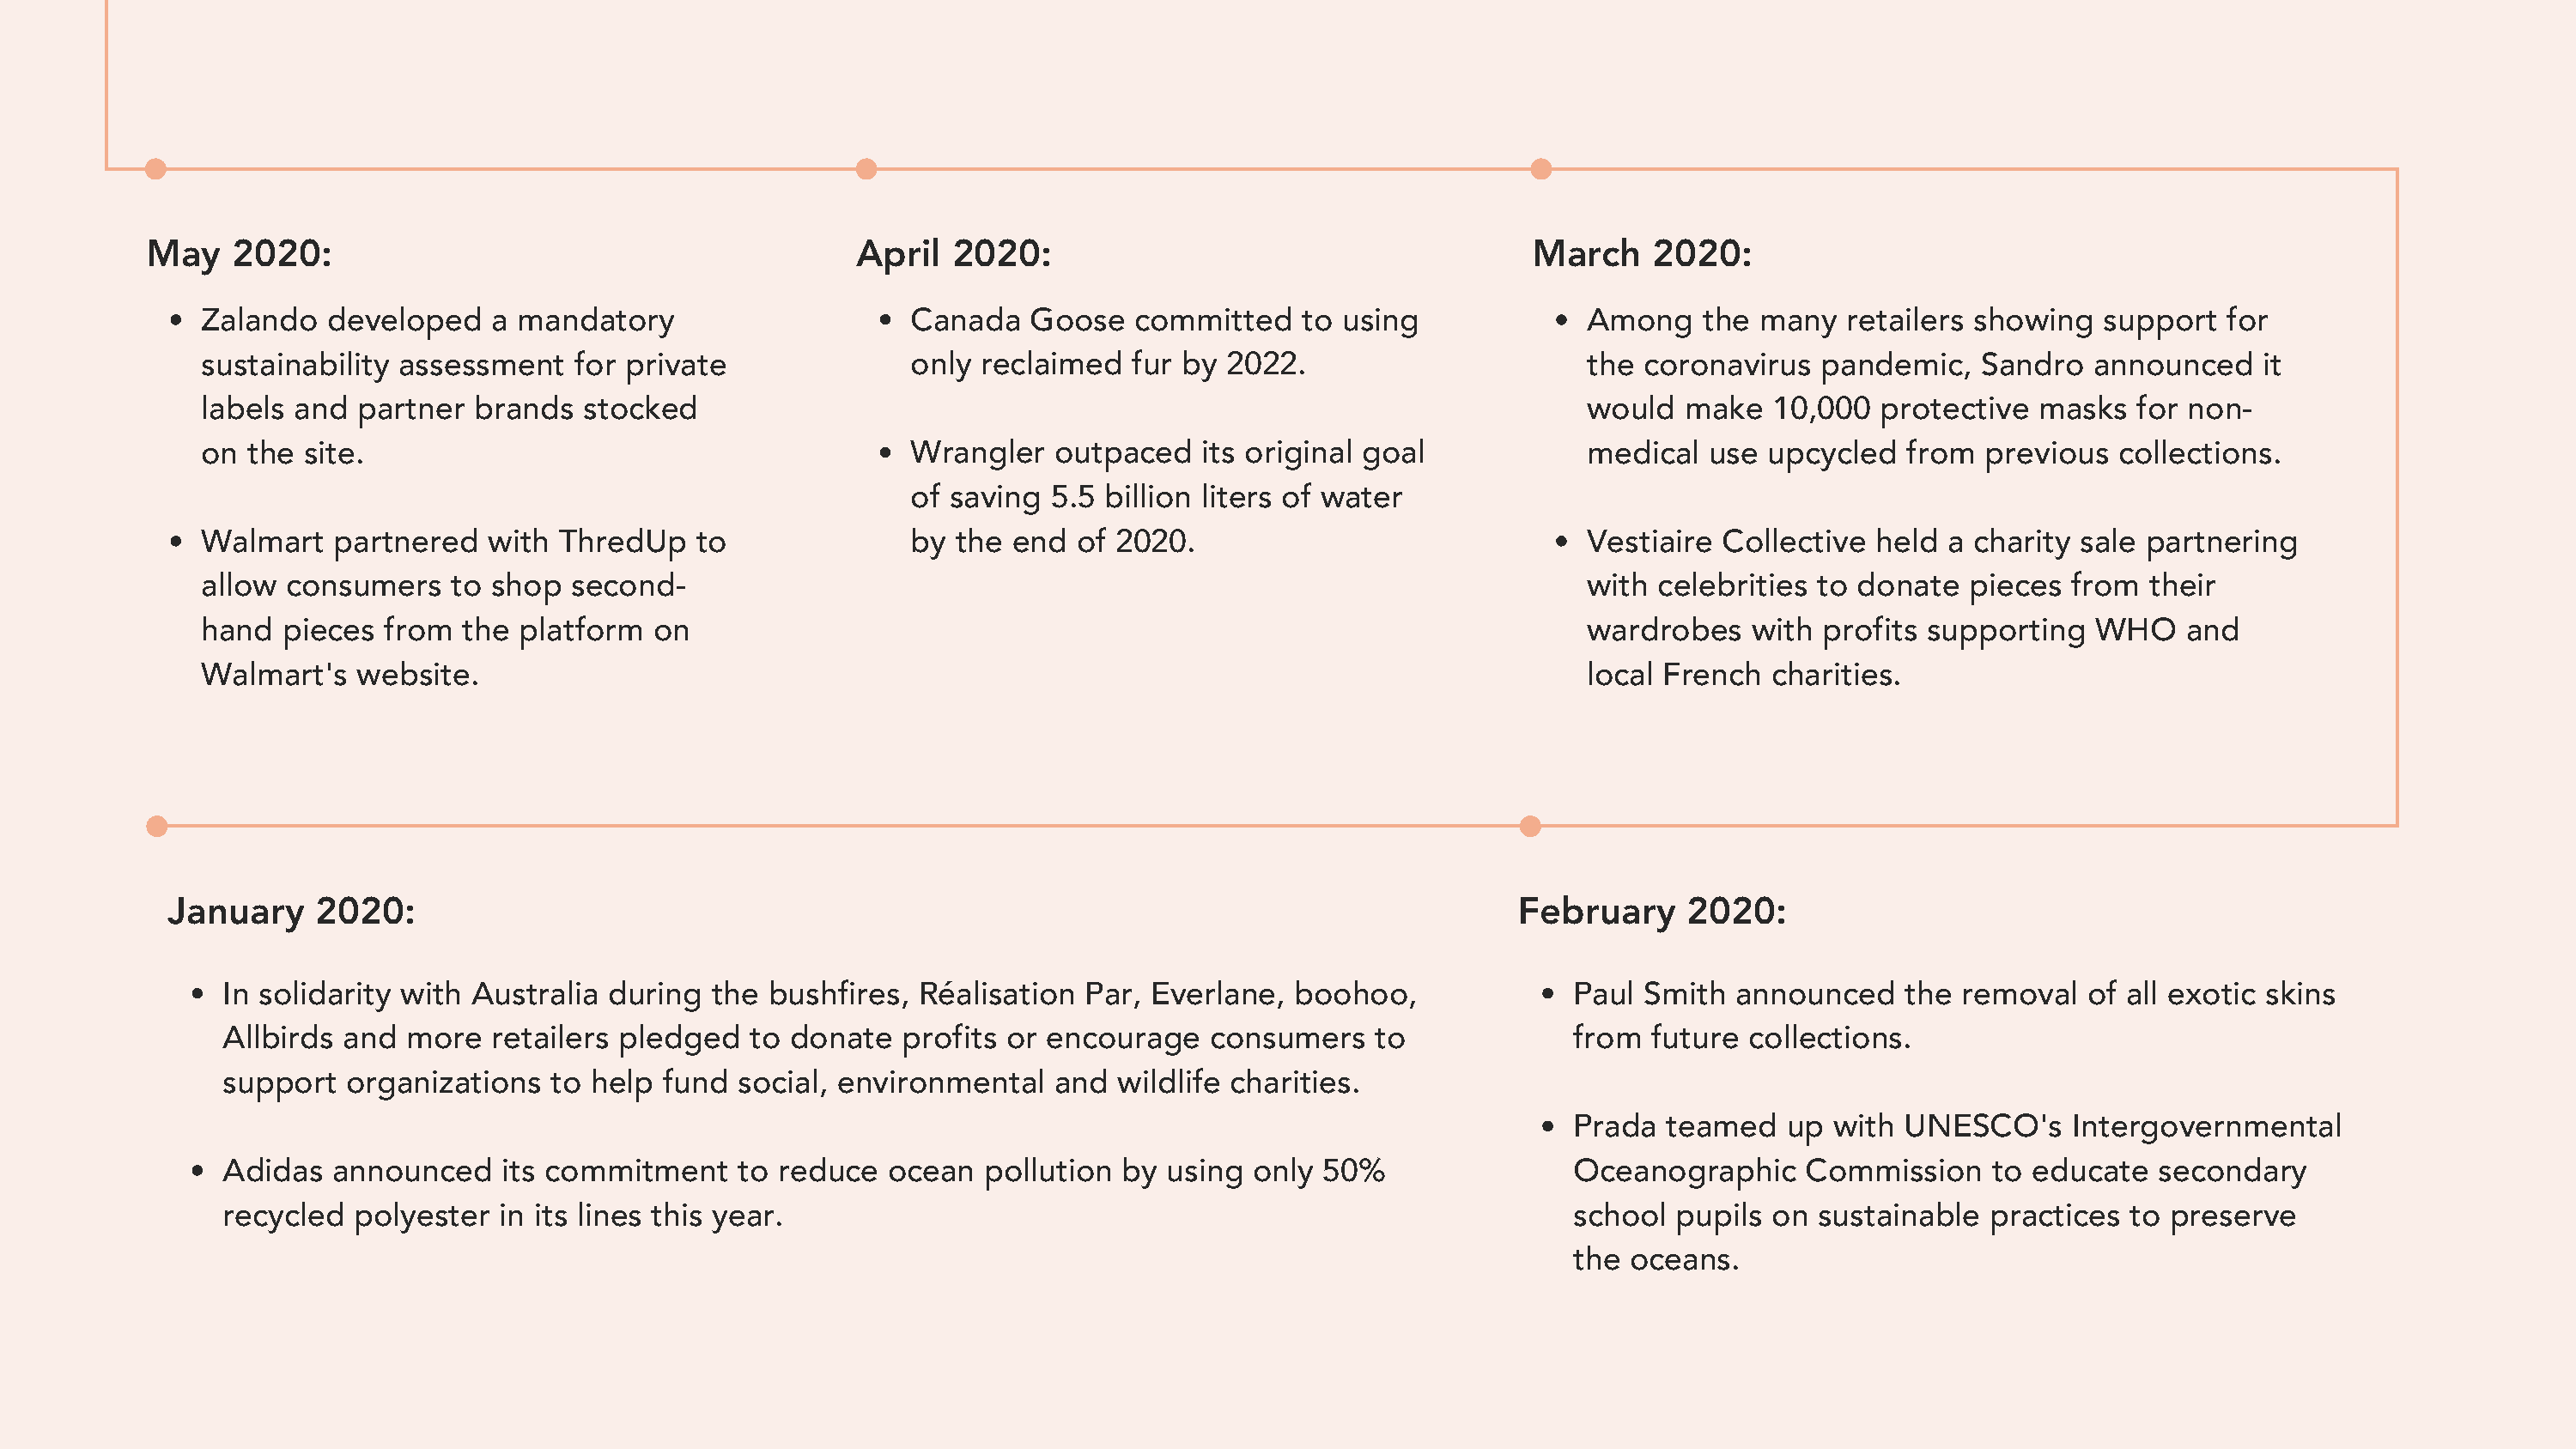
May    2020:                                           April  2020:                                        March    2020:
 Zalando  developed    a mandatory                     Canada   Goose   committed    to using              Among    the  many  retailers showing   support   for
 sustainability assessment   for private               only  reclaimed  fur by  2022.                      the  coronavirus  pandemic,    Sandro  announced    it
 labels and  partner  brands  stocked                                                                      would   make   10,000  protective  masks   for non-
 on the site.                                          Wrangler   outpaced    its original goal            medical   use upcycled   from  previous  collections.
 of saving  5.5 billion liters of water
 Walmart   partnered   with ThredUp    to              by  the end  of 2020.                               Vestiaire  Collective  held a charity sale partnering
 allow consumers    to shop  second-                                                                       with  celebrities to donate   pieces  from  their
 hand  pieces  from  the platform  on                                                                      wardrobes    with  profits supporting   WHO    and
 Walmart's  website.                                                                                       local French   charities.
 January    2020:                                                                                        February     2020:
 In solidarity with Australia  during  the bushfires,  Réalisation  Par, Everlane,  boohoo,              Paul  Smith  announced    the removal   of all exotic skins
 Allbirds and  more   retailers pledged   to donate   profits or encourage   consumers    to             from  future  collections.
 support   organizations  to  help fund  social, environmental   and  wildlife charities.
 Prada  teamed    up with  UNESCO's     Intergovernmental
 Adidas   announced    its commitment    to reduce  ocean   pollution by  using  only 50%                Oceanographic     Commission     to educate  secondary
 recycled  polyester  in its lines this year.                                                            school  pupils  on sustainable  practices  to preserve
 the  oceans.